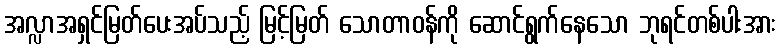
အလ္လာအရှင်မြတ်ပေးအပ်သည့် မြင့်မြတ် သောတာဝန်ကို ဆောင်ရွက်နေသော ဘုရင်တစ်ပါးအား